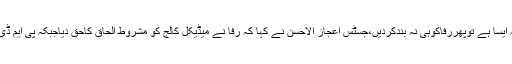
چیف جسٹس پاکستان نے کہا کہ ایسا ہے توپھررفاکوہی نہ بندکردیں،جسٹس اعجاز الاحسن نے کہا کہ رفا نے میڈیکل کالج کو مشروط الحاق کاحق دیاجبکہ پی ایم ڈی سی سے منظوری لازمی تھی۔